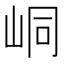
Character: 峒